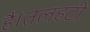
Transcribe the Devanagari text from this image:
है।तलहटी